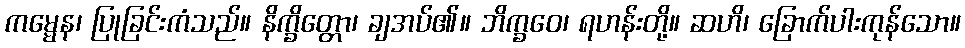
ကမ္မေန၊ ပြုခြင်းကံသည်။ နိက္ခိတ္တော၊ ချအပ်၏။ ဘိက္ခဝေ၊ ရဟန်းတို့။ ဆဟိ၊ ခြောက်ပါးကုန်သော။